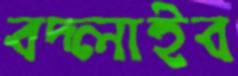
বদ্‌লাইব